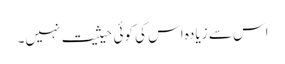
اس سے زیادہ اس کی کوئی حیثیت نہیں۔